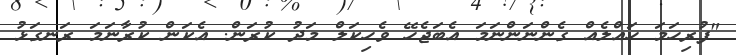
"ފުރިހަމަ ހައްލެއް ގެންނަންނަމަ އެބަޖެހޭ ވެހިކަލް މަދު ކުރަން. އެކަން ކުރާނަމަ ރަނގަޅު